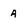
Character: 4